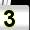
Digit: 3